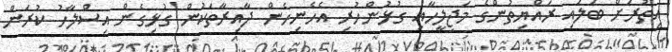
އިތުރަށް ބަލައި ރައްޔިތުންގެ މަޖިލީހާއި ގުޅުންހުރި އެހެނިހެން ދާއިރާތަކުން ގުޅިގެން އިސްލާހު ކުރަން